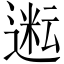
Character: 𬨿